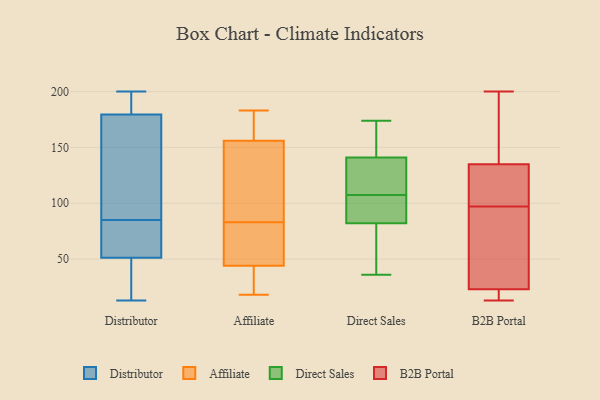
{"axis": {"x": "Production Output", "y": "Value"}, "legend": ["Affiliate", "B2B Portal", "Direct Sales", "Distributor"], "data": [{"x": "", "y": 65, "type": "Distributor"}, {"x": "", "y": 13, "type": "Distributor"}, {"x": "", "y": 176, "type": "Distributor"}, {"x": "", "y": 167, "type": "Distributor"}, {"x": "", "y": 91, "type": "Distributor"}, {"x": "", "y": 40, "type": "Distributor"}, {"x": "", "y": 190, "type": "Distributor"}, {"x": "", "y": 73, "type": "Distributor"}, {"x": "", "y": 55, "type": "Distributor"}, {"x": "", "y": 25, "type": "Distributor"}, {"x": "", "y": 200, "type": "Distributor"}, {"x": "", "y": 195, "type": "Distributor"}, {"x": "", "y": 85, "type": "Distributor"}, {"x": "", "y": 83, "type": "Affiliate"}, {"x": "", "y": 183, "type": "Affiliate"}, {"x": "", "y": 47, "type": "Affiliate"}, {"x": "", "y": 173, "type": "Affiliate"}, {"x": "", "y": 165, "type": "Affiliate"}, {"x": "", "y": 18, "type": "Affiliate"}, {"x": "", "y": 67, "type": "Affiliate"}, {"x": "", "y": 36, "type": "Affiliate"}, {"x": "", "y": 29, "type": "Affiliate"}, {"x": "", "y": 176, "type": "Affiliate"}, {"x": "", "y": 21, "type": "Affiliate"}, {"x": "", "y": 120, "type": "Affiliate"}, {"x": "", "y": 43, "type": "Affiliate"}, {"x": "", "y": 129, "type": "Affiliate"}, {"x": "", "y": 105, "type": "Affiliate"}, {"x": "", "y": 116, "type": "Affiliate"}, {"x": "", "y": 176, "type": "Affiliate"}, {"x": "", "y": 75, "type": "Affiliate"}, {"x": "", "y": 50, "type": "Affiliate"}, {"x": "", "y": 141, "type": "Direct Sales"}, {"x": "", "y": 36, "type": "Direct Sales"}, {"x": "", "y": 122, "type": "Direct Sales"}, {"x": "", "y": 65, "type": "Direct Sales"}, {"x": "", "y": 86, "type": "Direct Sales"}, {"x": "", "y": 82, "type": "Direct Sales"}, {"x": "", "y": 154, "type": "Direct Sales"}, {"x": "", "y": 93, "type": "Direct Sales"}, {"x": "", "y": 174, "type": "Direct Sales"}, {"x": "", "y": 140, "type": "Direct Sales"}, {"x": "", "y": 54, "type": "B2B Portal"}, {"x": "", "y": 81, "type": "B2B Portal"}, {"x": "", "y": 113, "type": "B2B Portal"}, {"x": "", "y": 13, "type": "B2B Portal"}, {"x": "", "y": 31, "type": "B2B Portal"}, {"x": "", "y": 144, "type": "B2B Portal"}, {"x": "", "y": 15, "type": "B2B Portal"}, {"x": "", "y": 200, "type": "B2B Portal"}, {"x": "", "y": 13, "type": "B2B Portal"}, {"x": "", "y": 126, "type": "B2B Portal"}, {"x": "", "y": 183, "type": "B2B Portal"}, {"x": "", "y": 114, "type": "B2B Portal"}]}